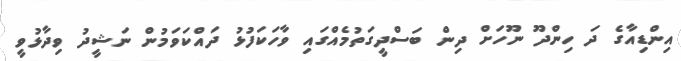
އިންޑިއާގެ ދަ ހިންދޫ ނޫހަށް ދިން ބަސްދީގަތުމެއްގައި ވާހަކަފުޅު ދައްކަވަމުން ނަޝީދު ވިދާޅުވީ